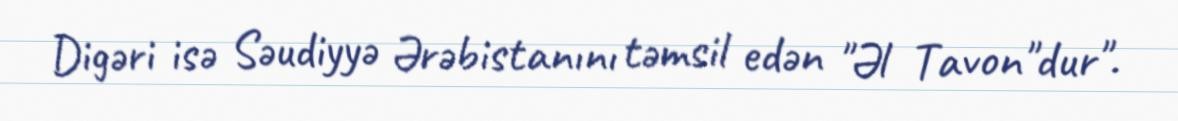
Digəri isə Səudiyyə Ərəbistanını təmsil edən "Əl Tavon"dur".